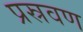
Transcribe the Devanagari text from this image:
प्रस्रवण